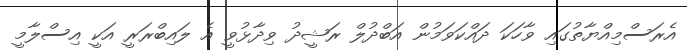
އެރަސްމިއްޔާތުގައި ވާހަކަ ދައްކަވަމުން އަބްދުލް ރަޝީދު ވިދާޅުވީ އެ ލައިބްރަރީ އަކީ އިސްލާމީ